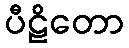
ပီဠိတော